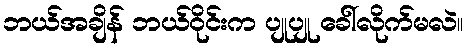
ဘယ်အချိန် ဘယ်ဝိုင်းက ပျုပျု ခေါ်လိုက်မလဲ။